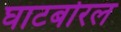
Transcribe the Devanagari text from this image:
घाटबोरल